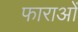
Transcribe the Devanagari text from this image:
फाराओं